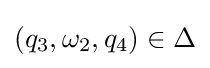
(q_{3},\omega _{2},q_{4})\in \Delta